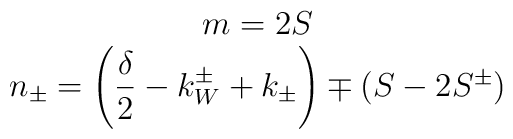
\begin{array}{c}m=2S\\n_{\pm }=\left( \displaystyle\frac{\delta }{2}-k_{W}^{\pm }+k_{\pm }\right) \mp \left( S-2S^{\pm }\right) \end{array}